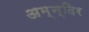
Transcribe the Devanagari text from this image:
अम्न्दिर